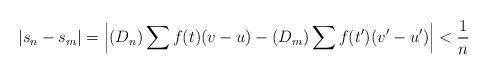
LaTeX: \begin{align*}\left|s_n-s_m\right| = \left|(D_n)\sum f(t)(v-u) - (D_m)\sum f(t')(v'-u') \right| < \frac 1n\end{align*}